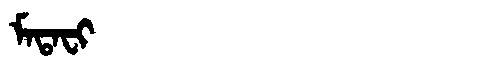
Manchu: ᠮᠠᡨᠠᠸᡳ
Romanization: MATAFI